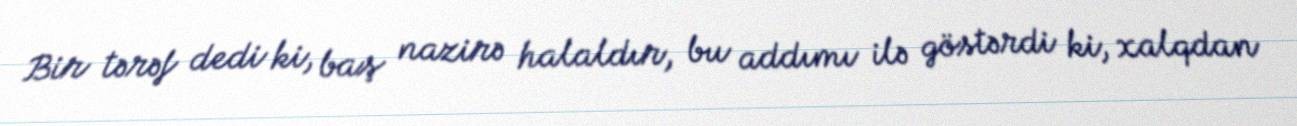
Bir tərəf dedi ki, baş nazirə halaldır, bu addımı ilə göstərdi ki, xalqdan